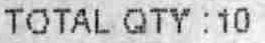
TOTAL QTY : 10